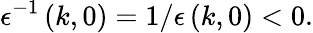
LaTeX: \epsilon^{-1}\left(k,0\right)=1/\epsilon\left(k,0\right)<0.